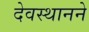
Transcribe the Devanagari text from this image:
देवस्थानने